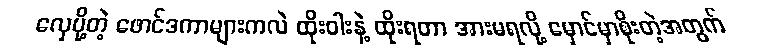
လှေပို့တဲ့ ဖောင်ဒကာများကလဲ ထိုးဝါးနဲ့ ထိုးရတာ အားမရလို့ မှောင်မှာစိုးတဲ့အတွက်